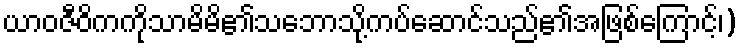
ယာဝဇီဝိကကိုသာမိမိ၏သဘောသို့ကပ်ဆောင်သည်၏အဖြစ်ကြောင့်၊)